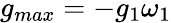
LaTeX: g_{max}=-g_{1}\omega_{1}